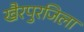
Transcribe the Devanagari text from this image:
खैरपुरजिला